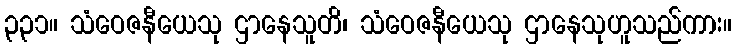
၃၃၁။ သံဝေဇနီယေသု ဌာနေသူတိ၊ သံဝေဇနီယေသု ဌာနေသုဟူသည်ကား။